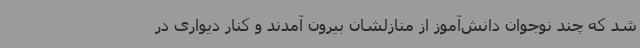
شد که چند نوجوان دانش‌آموز از منازلشان بیرون آمدند و کنار دیواری در